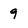
Character: 9